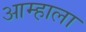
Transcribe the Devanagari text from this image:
आम्‍हाला